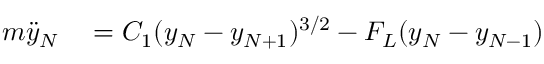
\begin{array} { r l } { { m } \ddot { y } _ { N } } & { { } = { C } _ { 1 } ( y _ { N } - y _ { N + 1 } ) ^ { 3 / 2 } - F _ { L } ( y _ { N } - y _ { N - 1 } ) } \end{array}